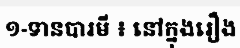
១-ទានបារមី ៖ នៅក្នុងរឿង